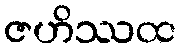
ဇဟိဿထ